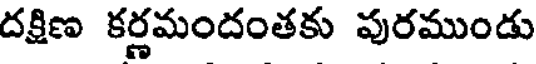
దక్షిణ కర్ణమందంతకు పురముండు